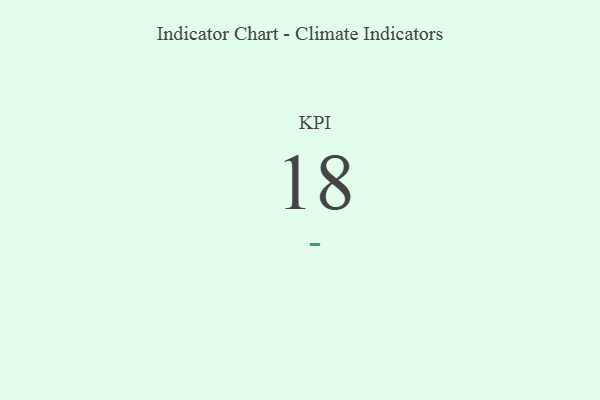
{"axis": {"x": "KPI", "y": "Value"}, "legend": [""], "data": [{"x": "KPI", "y": 18, "type": ""}]}